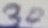
Text: 30